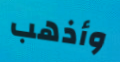
وأذهب